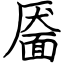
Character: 靥